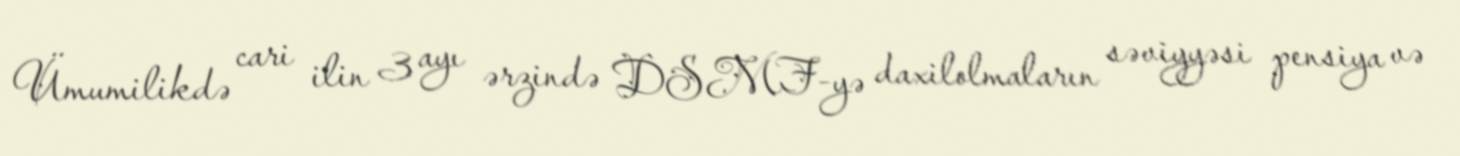
Ümumilikdə cari ilin 3 ayı ərzində DSMF-yə daxilolmaların səviyyəsi pensiya və